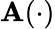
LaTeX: \mathbf{A}(\cdot)